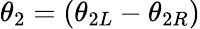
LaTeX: \theta_{2}=(\theta_{2L}-\theta_{2R})